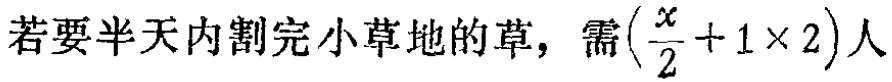
若要半天内割完小草地的草，需\((\frac{x}{2}+1\times 2)\)人